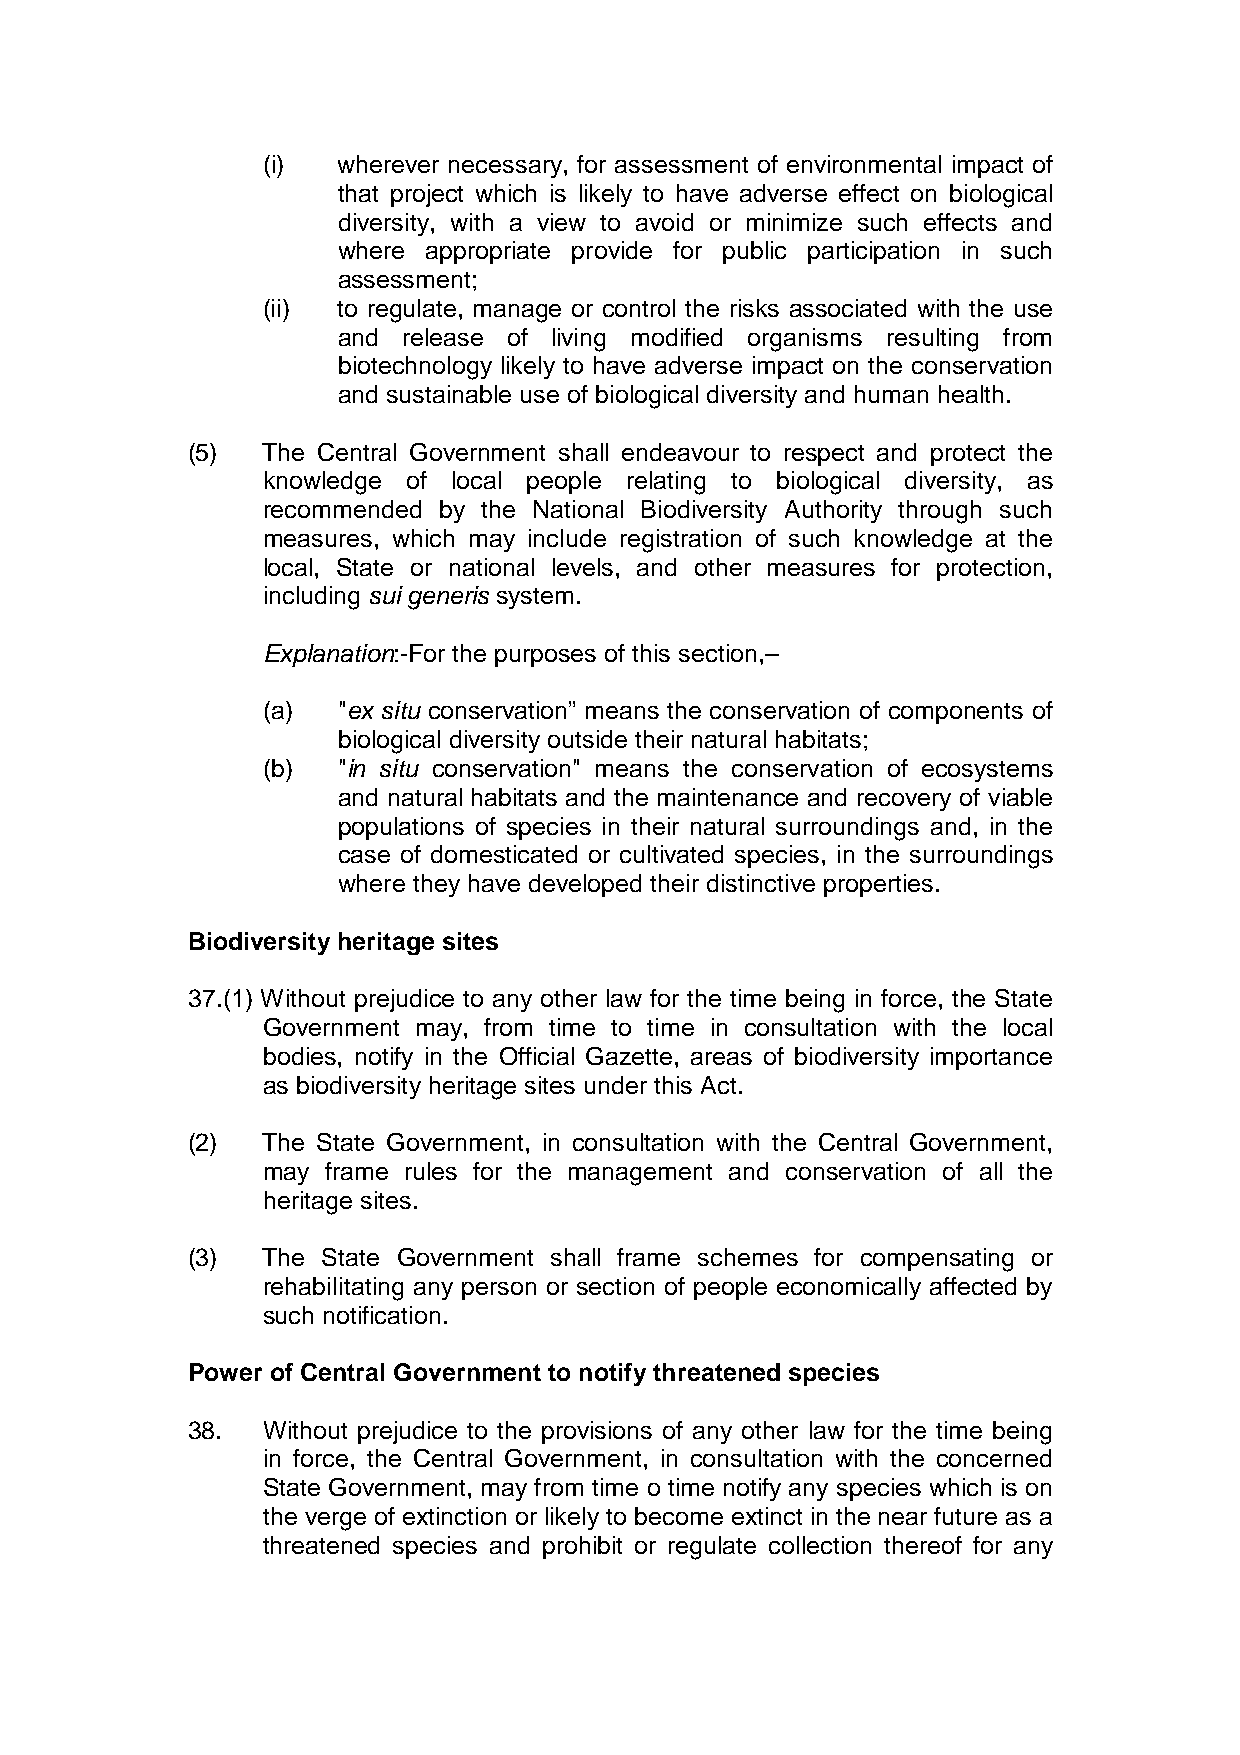
(i)  wherever necessary, for assessment of environmental impact of
 that project which is likely to have adverse effect on biological
 diversity, with a view to avoid or minimize such effects and
 where appropriate provide for public participation in such
 assessment;
 (ii) to regulate, manage or control the risks associated with the use
 and  release of living modified organisms resulting from
 biotechnology likely to have adverse impact on the conservation
 and sustainable use of biological diversity and human health.
 (5)  The Central Government shall endeavour to respect and protect the
 knowledge of local people relating to biological diversity, as
 recommended by the National Biodiversity Authority through such
 measures, which may include registration of such knowledge at the
 local, State or national levels, and other measures for protection,
 including sui generis system.
 Explanation:-For the purposes of this section,–
 (a)  "ex situ conservation” means the conservation of components of
 biological diversity outside their natural habitats;
 (b)  "in situ conservation" means the conservation of ecosystems
 and natural habitats and the maintenance and recovery of viable
 populations of species in their natural surroundings and, in the
 case of domesticated or cultivated species, in the surroundings
 where they have developed their distinctive properties.
 Biodiversity heritage sites
 37.(1) Without prejudice to any other law for the time being in force, the State
 Government may, from time to time in consultation with the local
 bodies, notify in the Official Gazette, areas of biodiversity importance
 as biodiversity heritage sites under this Act.
 (2)  The State Government, in consultation with the Central Government,
 may frame rules for the management and conservation of all the
 heritage sites.
 (3)  The State Government shall frame schemes for compensating or
 rehabilitating any person or section of people economically affected by
 such notification.
 Power of Central Government to notify threatened species
 38.  Without prejudice to the provisions of any other law for the time being
 in force, the Central Government, in consultation with the concerned
 State Government, may from time o time notify any species which is on
 the verge of extinction or likely to become extinct in the near future as a
 threatened species and prohibit or regulate collection thereof for any